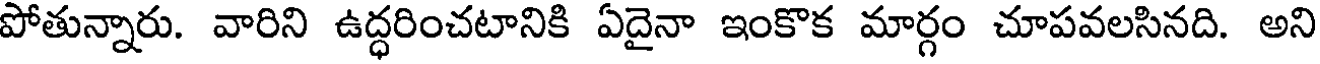
పోతున్నారు. వారిని ఉద్ధరించటానికి ఏదైనా ఇంకొక మార్గం చూపవలసినది. అని